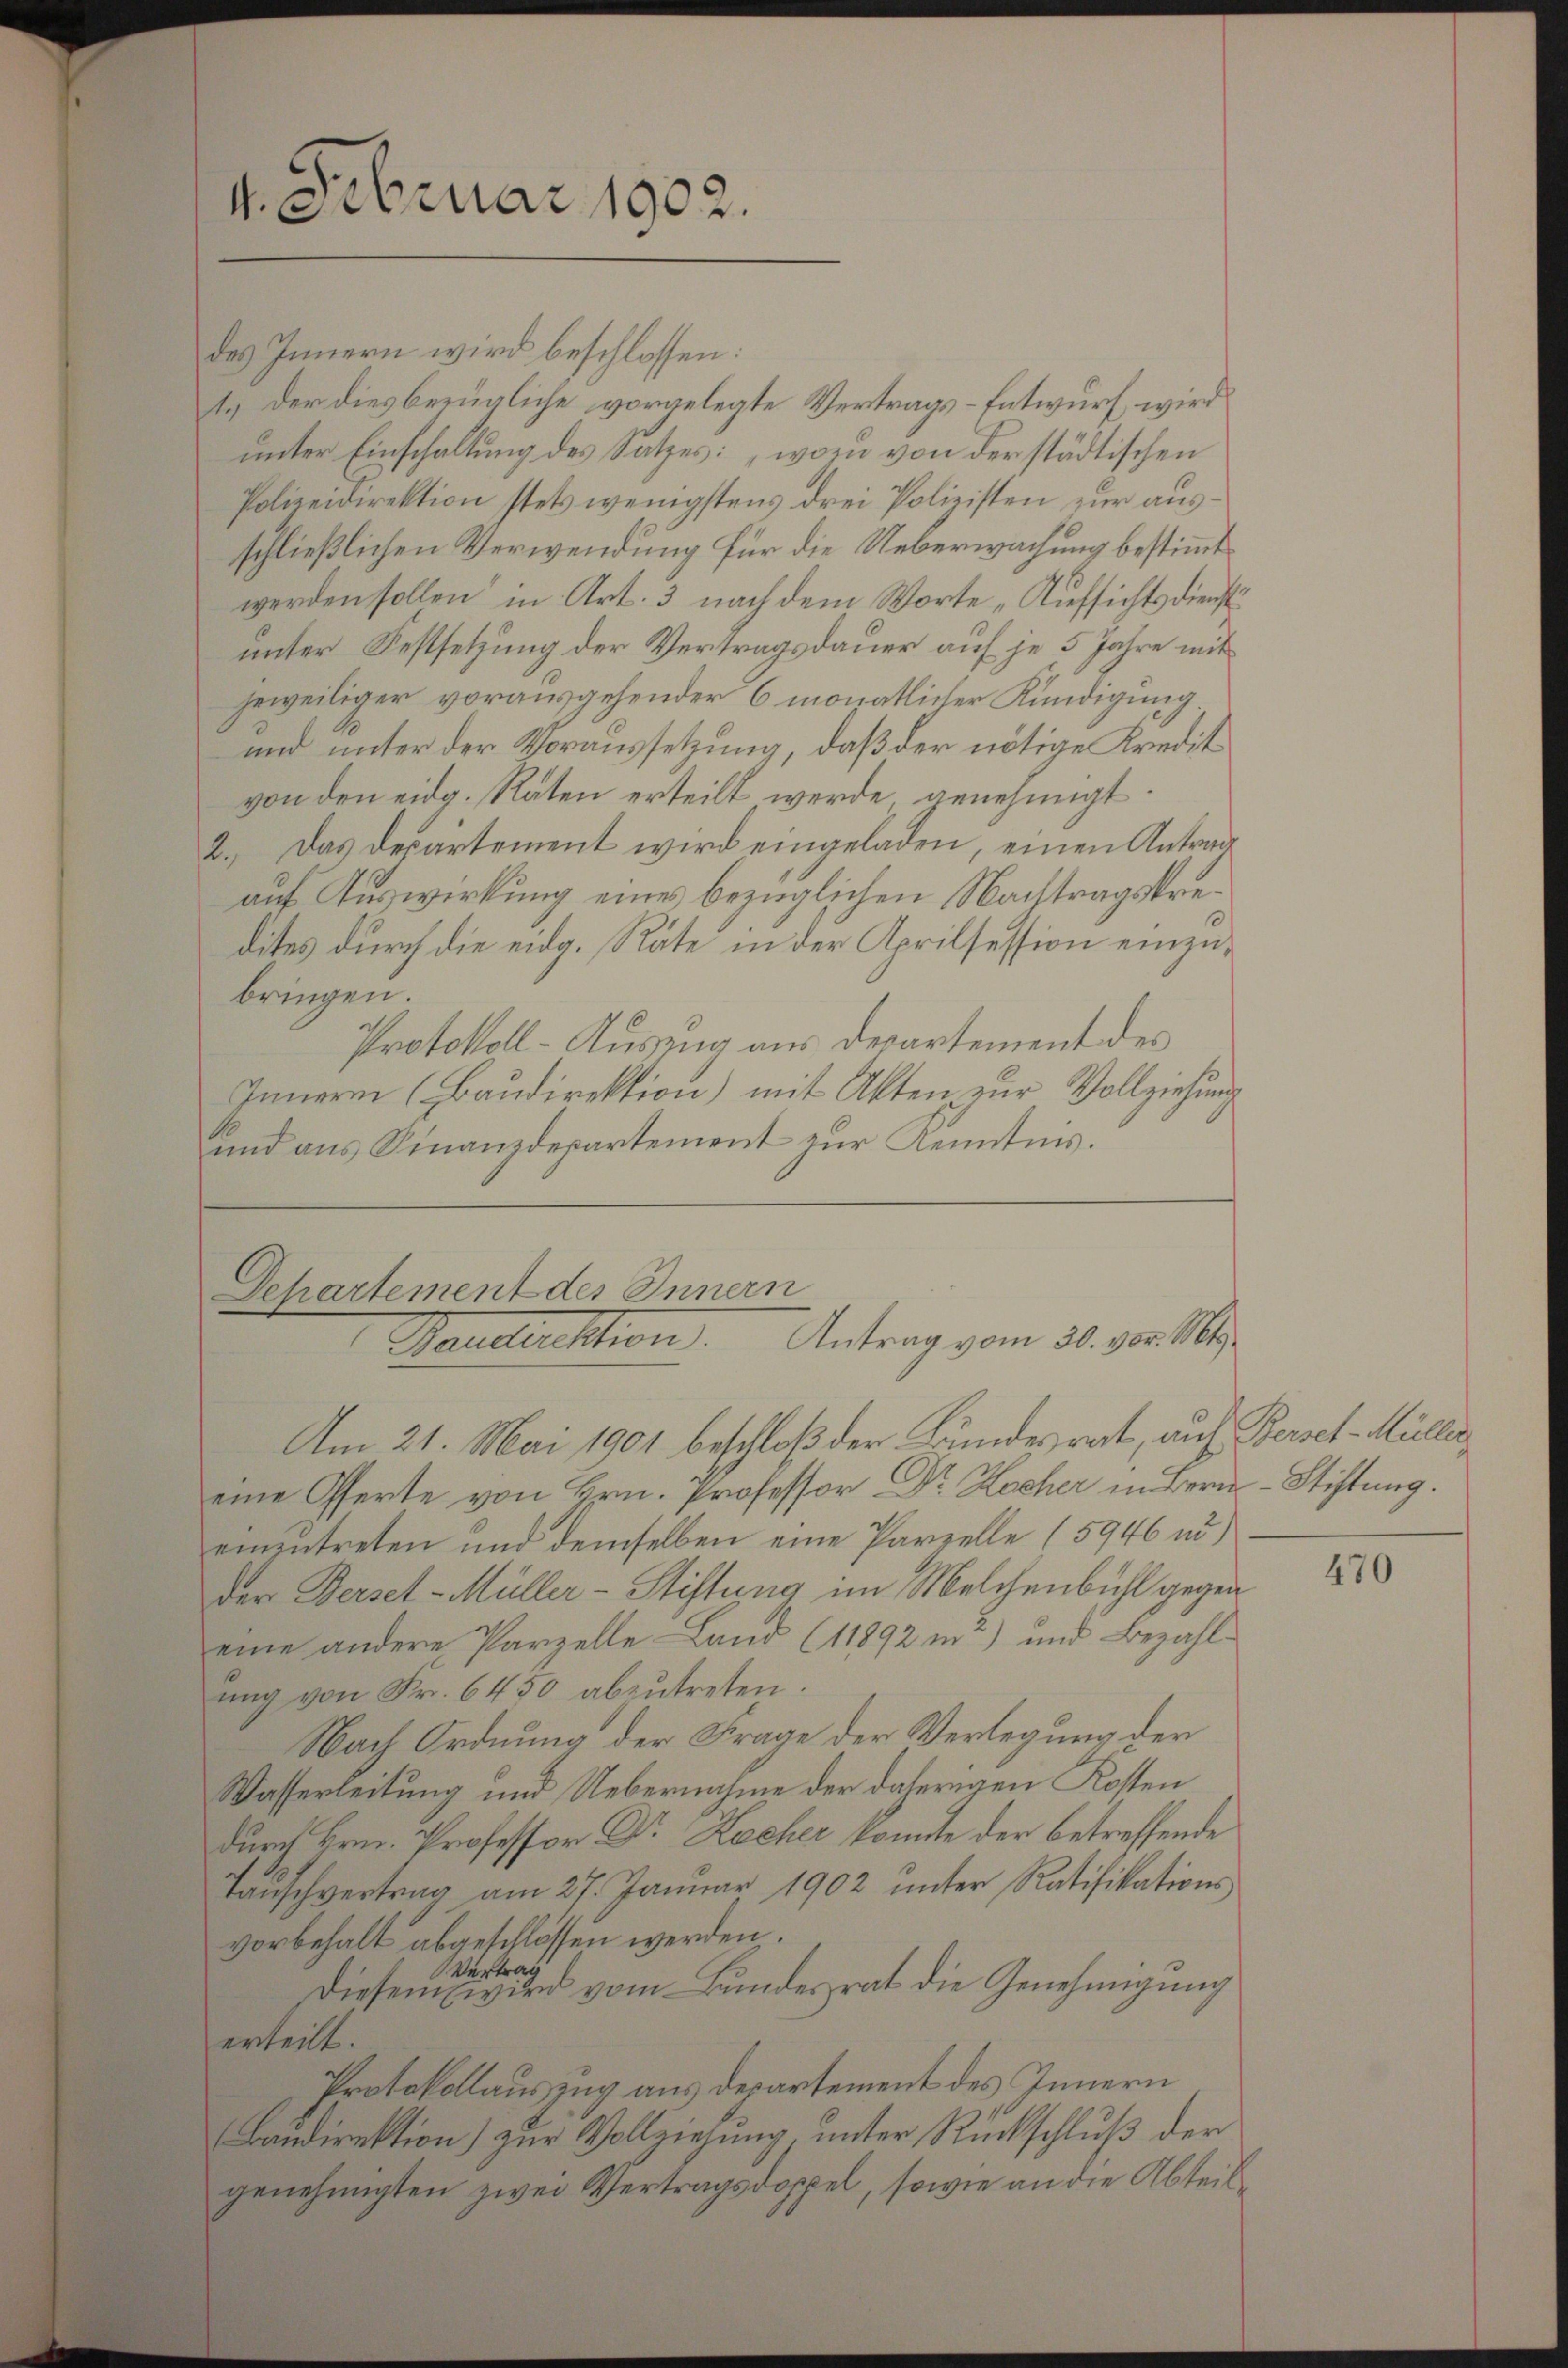
4. Februar 1902.

des Innern wird beschlossen:
1.) Der diesbezügliche vorgelegte Vertrags-Entwurf wird
unter Einschaltung des Satzes: wozu von der städtischen
Polizeidirektion stets wenigstens drei Polieisten zur ausschließlichen Verwendung für die Ueberwachung bestimmt
werden sollen in Art. 3 nach dem Worte „Aufsichtsdienst
unter Festsetzung der Vertragsdauer auf je 5 Jahre mit
jeweiliger vorausgehender 6 monatlicher Kündigung
und unter der Voraussetzung, daß der nötige Kredit
von den eidg. Raten erteilt werde genehmigt.
2.) Das Departement wird eingeladen, einen Antrag
auf Auswirkung eines bezüglichen Nachtragskredites durch die eidg. Räte in der Aprilsession einzubringen
Protokoll-Auszug aus Departement des
Innern (Baudirektion) mit Akten zur Vollziehung
und aus Finanzdepartement zur Kenntnis.

Departement des Innern
Baudention. Antrag vom 30. vor. Mts.

Am 21. Mai 1901 beschloß der Bundesrat, auf Berset-Müller
eine Offerte von Hrn. Professor Dr. Kocher in Bern-Stiftung.
einzutreten und demselben eine Parzelle (5946 ud)
der Berset-Müller-Stiftung im Melchenbühl gegen
eine andere Parzelle Land (11892 in 2) und Bezahlung von Fr. 6450 abzutreten.
Nach Ordnung der Frage der Verlegung der
Wasserleitung und Uebernahme der daherigen Kosten
durch Hrn. Professor Dr Zecher konnte der betreffende
Taŭschvertrag am 27. Januar 1902 unter Ratifikations
vorbehalt abgeschlossen werden.
vag
Ver
Diesem wird vom Bundesrat die Genehmigung
erteilt.
Protokollauszug aus Departement des Innern
Bandirektion) zur Vollziehung unter Rückschluß der
genehmigten zwei Vertragsdoppel, sowie an die Abteil¬

470